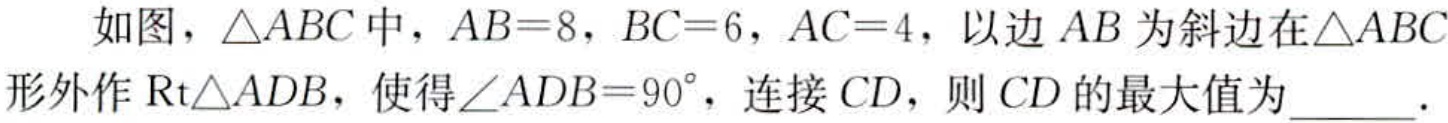
如图，$\triangle ABC$中，$AB = 8$，$BC = 6$，$AC = 4$，以边$AB$为斜边在$\triangle ABC$形外作$\text{Rt}\triangle ADB$，使得$\angle ADB = 90^{\circ}$，连接$CD$，则$CD$的最大值为  ．